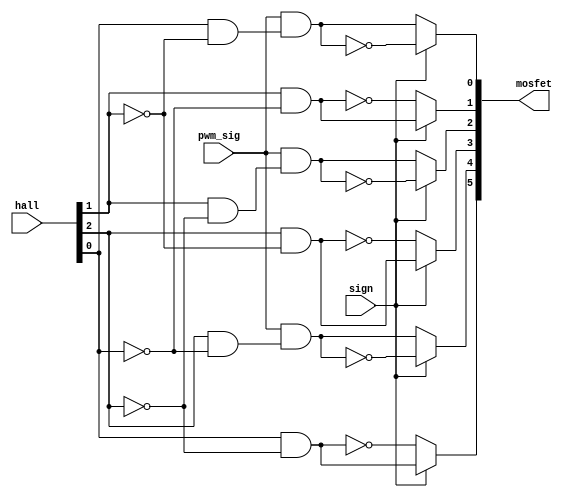
`timescale 1ns / 1ps
module generate_commutation(
	input [2:0]hall,
	input sign,
	input pwm_sig,
	output [5:0]mosfet
    );

assign mosfet[0] = (sign==1)?~(pwm_sig&(hall[0]&(~hall[1]))):(pwm_sig&(hall[0]&(~hall[1])));
assign mosfet[1] = (sign==1)?(hall[1]&(~hall[0])):~(hall[1]&(~hall[0]));
assign mosfet[2] = (sign==1)?~(pwm_sig&(hall[1]&(~hall[2]))):(pwm_sig&(hall[1]&(~hall[2])));
assign mosfet[3] = (sign==1)?(hall[2]&(~hall[1])):~(hall[2]&(~hall[1]));
assign mosfet[4] = (sign==1)?~(pwm_sig&(hall[2]&(~hall[0]))):(pwm_sig&(hall[2]&(~hall[0])));
assign mosfet[5] = (sign==1)?(hall[0]&(~hall[2])):~(hall[0]&(~hall[2]));
endmodule